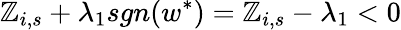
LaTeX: \mathbb{Z}_{i,s}+\lambda_{1}sgn(w^{\ast})=\mathbb{Z}_{i,s}-\lambda_{1}<0